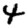
Digit: 4